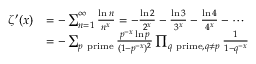
{ \begin{array} { r l } { \zeta ^ { \prime } ( x ) } & { = - \sum _ { n = 1 } ^ { \infty } { \frac { \ln n } { n ^ { x } } } = - { \frac { \ln 2 } { 2 ^ { x } } } - { \frac { \ln 3 } { 3 ^ { x } } } - { \frac { \ln 4 } { 4 ^ { x } } } - \cdots } \\ & { = - \sum _ { p { \mathrm { ~ p r i m e } } } { \frac { p ^ { - x } \ln p } { ( 1 - p ^ { - x } ) ^ { 2 } } } \prod _ { q { \mathrm { ~ p r i m e } } , q \neq p } { \frac { 1 } { 1 - q ^ { - x } } } } \end{array} }